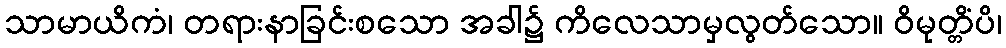
သာမာယိကံ၊ တရားနာခြင်းစသော အခါ၌ ကိလေသာမှလွတ်သော။ ဝိမုတ္တိံပိ၊